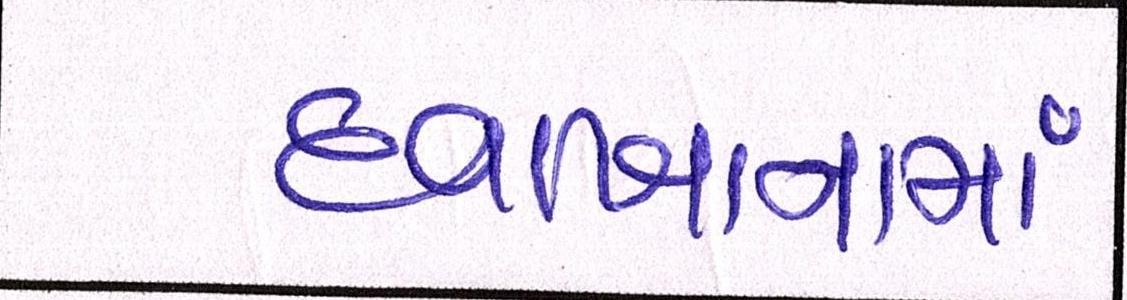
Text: દવાખાનામાં